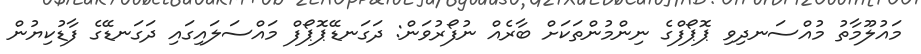
މައުލޫމާތު މުއްސަނދިވި ޕޮޕޯފްގެ ނިންމުންތަކަށް ބާރެއް ނުފޯރުވަން: ދަގަނޑޭޕޮޕޯފް މައްސަލައިގައި ދަގަނޑޭގެ ފާޑުކިޔުން